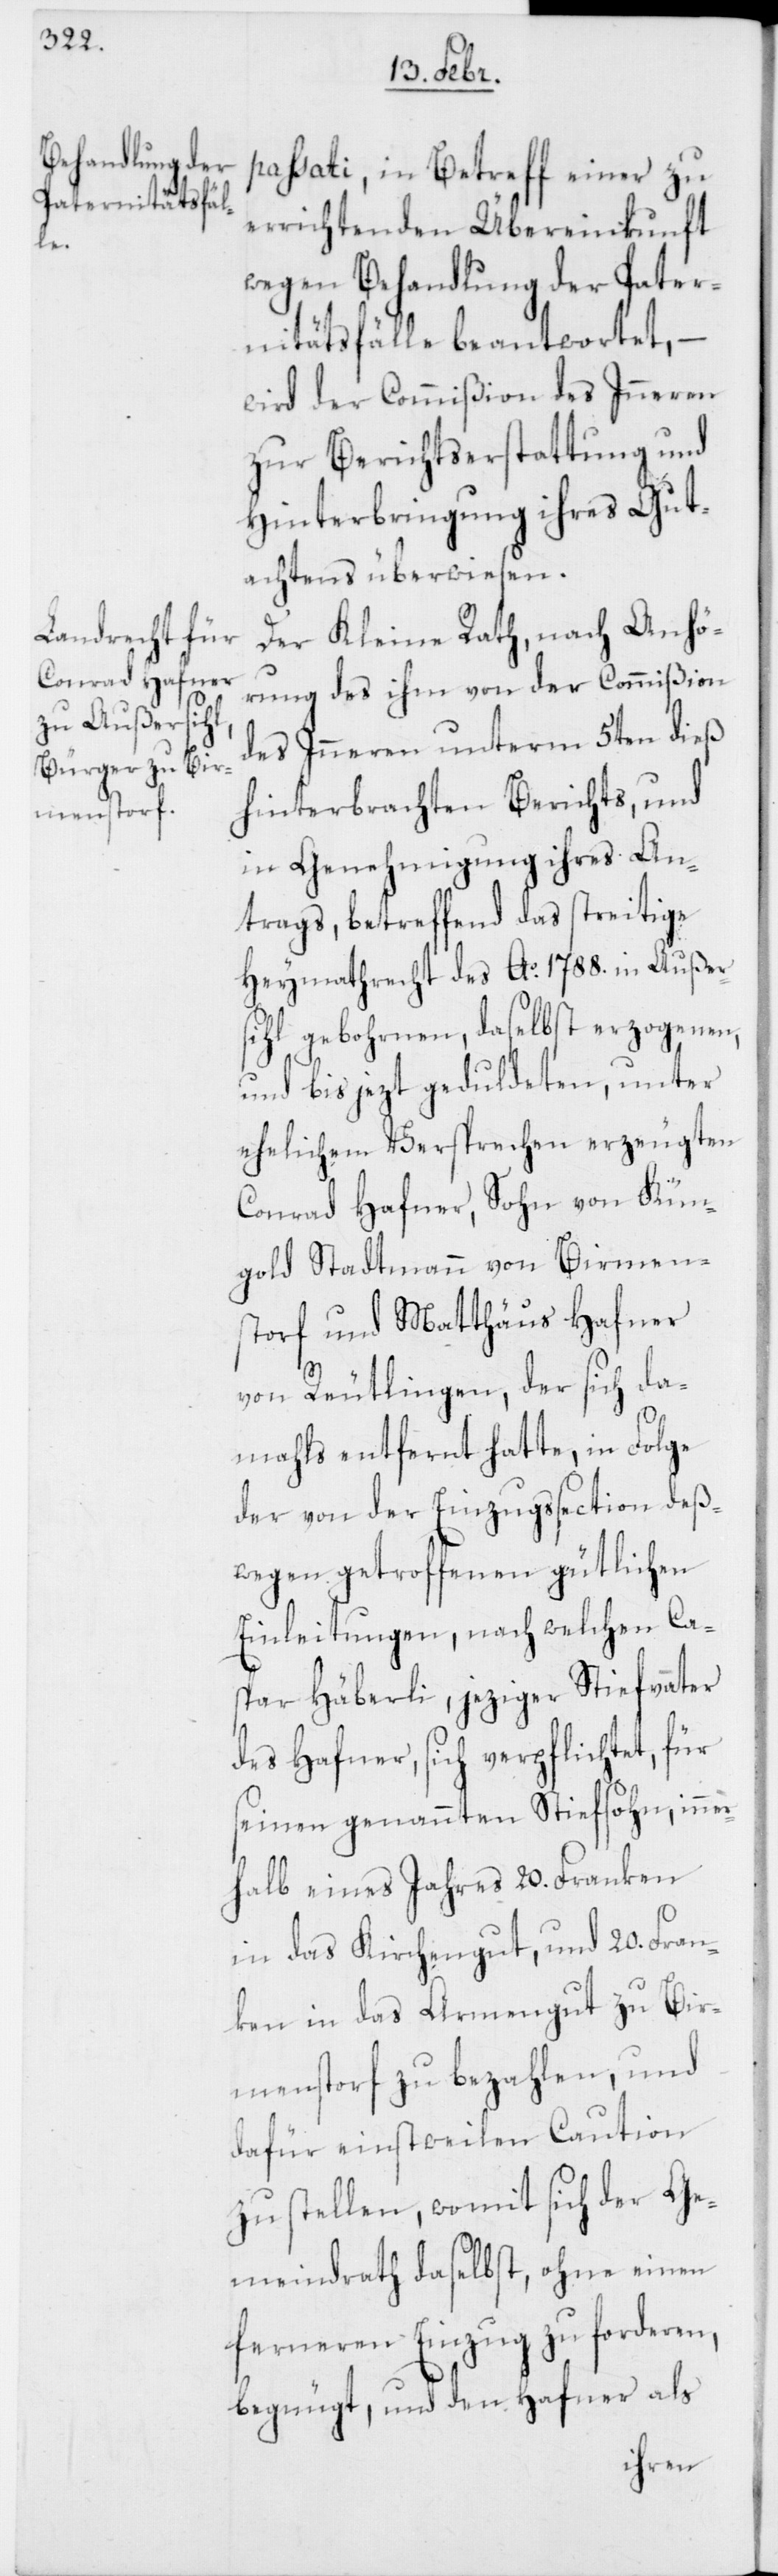
passati, in Betreff einer zu
errichtenden Übereinkunft
wegen Behandlung der Pater¬
nitätsfälle beantwortet, –
wird der Commißion des Inneren
zur Berichtserstattung und
Hinterbringung ihres Gut¬
achtens überwiesen.
Der Kleine Rath, nach Anhö¬
rung des ihm von der Commißion
des Inneren unterm 5ten dieß
hinterbrachten Berichts, und
in Genehmigung ihres An¬
trags, betreffend das streitige
Heymathrecht des Ao. 1788. in Außer¬
sihl gebohrnen, daselbst erzogenen,
und bis jezt geduldeten, unter
ehelichem Versprechen erzeugten
Conrad Hafner, Sohn von Kün¬
gold Stadtmann von Birmen¬
storf und Matthäus Hafner
von Reutlingen, der sich da¬
mahls entfernt hatte, in Folge
der von der Einzugssection deß¬
wegen getroffenen gütlichen
Einleitungen, nach welchen Ca¬
spar Häberli, jeziger Stiefvater
des Hafner, sich verpflichtet, für
seinen genannten Stiefsohn, inner¬
halb eines Jahres 20. Franken
in das Kirchengut, und 20 Fran¬
ken in das Armengut zu Bir¬
menstorf zu bezahlen, und
dafür einstweilen Caution
zu stellen, womit sich der Ge¬
meindrath daselbst, ohne einen
ferneren Einzug zu forderen,
begnügt, und den Hafner als